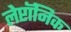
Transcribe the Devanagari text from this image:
लेप्टॉनिक